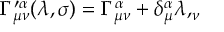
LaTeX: \Gamma _ { \mu \nu } ^ { \prime \alpha } ( \lambda , \sigma ) = \Gamma _ { \mu \nu } ^ { \alpha } + \delta _ { \mu } ^ { \alpha } \lambda , _ { \nu }